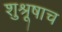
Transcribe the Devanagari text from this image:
शुश्रूषाच